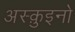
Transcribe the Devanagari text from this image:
अस्क़ुइनो